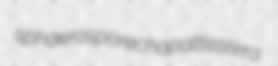
sphaerospore chapattis stirra